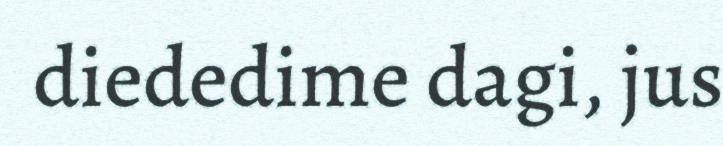
diededime dagi, jus